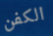
الكفن